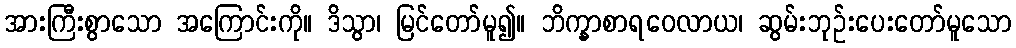
အားကြီးစွာသော အကြောင်းကို။ ဒိသွာ၊ မြင်တော်မူ၍။ ဘိက္ခာစာရဝေလာယ၊ ဆွမ်းဘုဉ်းပေးတော်မူသော